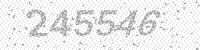
Solution: 245546